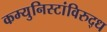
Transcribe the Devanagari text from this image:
कम्युनिस्टांविरुद्ध